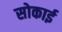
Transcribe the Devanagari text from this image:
सोकाई